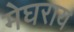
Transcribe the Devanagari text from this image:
मेघराय